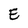
Character: E